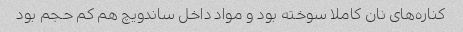
کناره‌های نان کاملا سوخته بود و مواد داخل ساندویچ هم کم حجم بود